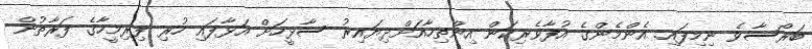
ބަރޯސާވެ ނިމިފައި. އެންމެންގެ އުފާވެރިކަން އިންތިހާއަށްދިޔައިރު ސާޅީހަށް އަޅާފައި ހުރި ފިރިމީހާގެ ފަރާތުން